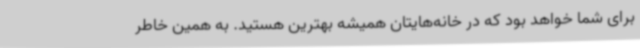
برای شما خواهد بود که در خانه‌هایتان همیشه بهترین هستید. به همین خاطر